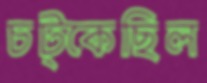
চট্‌কেছিল